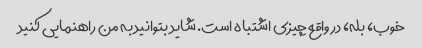
خوب، بله، در واقع چیزی اشتباه است. شاید بتوانید به من راهنمایی کنید